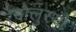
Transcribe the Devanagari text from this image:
रेवोलुस्योँ